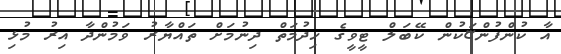
އާ ކުންފުންޏަކުން ކޭބަލް ޓީވީގެ ހިދުމަތް ދިނުމަށް ތައްޔާރު ވަމުންދާ އިރު މުޅި